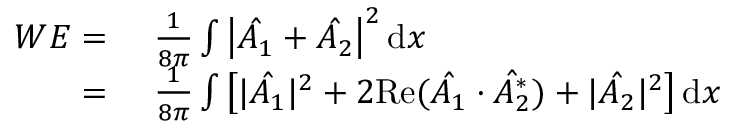
\begin{array} { r l } { W E = \ } & { \frac { 1 } { 8 \pi } \int \left| \hat { A _ { 1 } } + \hat { A _ { 2 } } \right| ^ { 2 } \mathrm { d } x } \\ { = \ } & { \frac { 1 } { 8 \pi } \int \left[ | \hat { A _ { 1 } } | ^ { 2 } + 2 \mathrm { R e } ( \hat { A _ { 1 } } \cdot \hat { A _ { 2 } ^ { * } } ) + | \hat { A _ { 2 } } | ^ { 2 } \right] \mathrm { d } x } \end{array}